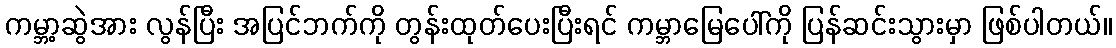
ကမ္ဘာ့ဆွဲအား လွန်ပြီး အပြင်ဘက်ကို တွန်းထုတ်ပေးပြီးရင် ကမ္ဘာမြေပေါ်ကို ပြန်ဆင်းသွားမှာ ဖြစ်ပါတယ်။